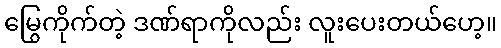
မြွေကိုက်တဲ့ ဒဏ်ရာကိုလည်း လူးပေးတယ်ဟေ့။